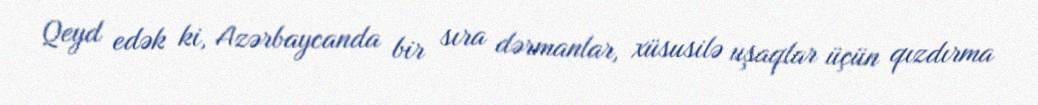
Qeyd edək ki, Azərbaycanda bir sıra dərmanlar, xüsusilə uşaqlar üçün qızdırma